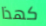
كهذا